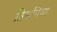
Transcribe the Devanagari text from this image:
त्रिसमिधा